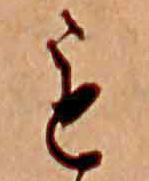
も